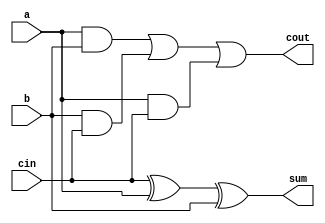
module FA(a,b,cin,sum,cout);
  output sum,cout;
  input a,b,cin;
  wire c,d,e;
  xor g1(sum,cin,a,b);
  and g2(c,a,b);
  and g3(d,b,cin);
  and g4(e,a,cin);
  or g5(cout,c,d,e);
endmodule